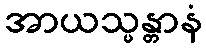
အာယသ္မန္တာနံ